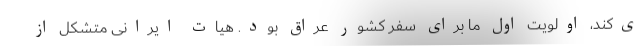
ی‌کند، اولویت اول ما برای سفر کشور عراق بود. هیات ایرانی متشکل از